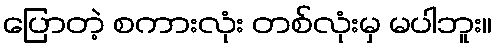
ပြောတဲ့ စကားလုံး တစ်လုံးမှ မပါဘူး။